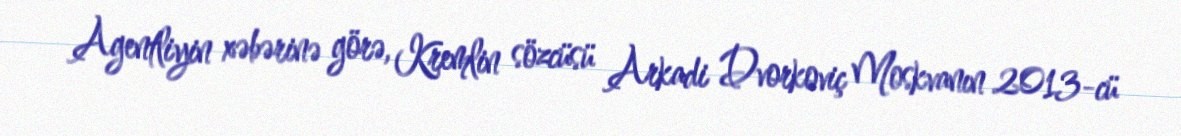
Agentliyin xəbərinə görə, Kremlin sözcüsü Arkadi Dvorkoviç Moskvanın 2013-cü